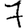
Digit: 7